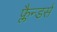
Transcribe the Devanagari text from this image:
फ्लैन्डर्स